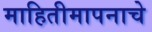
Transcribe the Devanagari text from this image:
माहितीमापनाचे